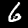
Label: 6